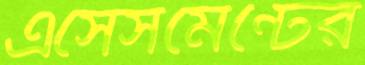
এসেসমেন্টের